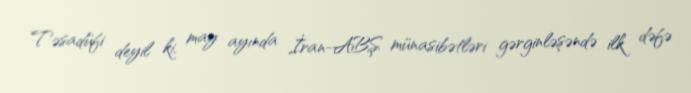
Təsadüfi deyil ki, may ayında İran-ABŞ münasibətləri gərginləşəndə ilk dəfə